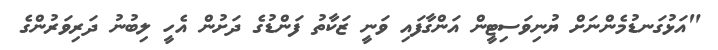
"އަޅުގަނޑުމެންނަށް ޔުނިވަސިޓީން އަންގާފައި ވަނީ ޒަކާތު ފަންޑުގެ ދަށުން އެހީ ލިބުނު ދަރިވަރުންގެ